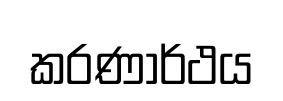
කරණාර්ථය